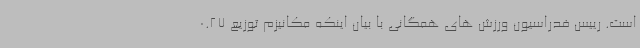
است. رییس فدراسیون ورزش های همگانی با بیان اینکه مکانیزم توزیع 0.27